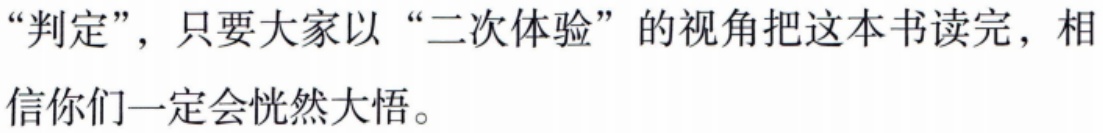
“判定”，只要大家以 “二次体验” 的视角把这本书读完，相信你们一定会恍然大悟。